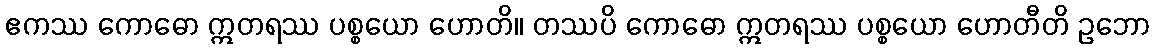
ဧကဿ ကောဓော ဣတရဿ ပစ္စယော ဟောတိ။ တဿပိ ကောဓော ဣတရဿ ပစ္စယော ဟောတီတိ ဥဘော